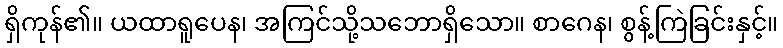
ရှိကုန်၏။ ယထာရူပေန၊ အကြင်သို့သဘောရှိသော။ စာဂေန၊ စွန့်ကြဲခြင်းနှင့်။